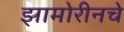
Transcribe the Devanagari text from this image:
झामोरीनचे